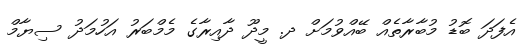
އެފަދަ ބޮޑު މުބާރާތެއް ބޭއްވުމަށް ދ. މީދޫ ދާއިރާގެ މެމްބަރު އަހުމަދު ސިޔާމް